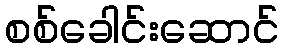
စစ်ခေါင်းဆောင်